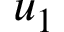
u _ { 1 }